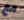
مع